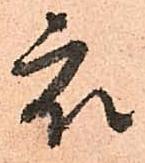
衆